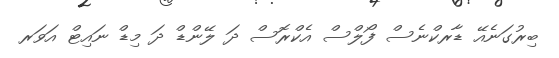
ބިރުގަނެއޭ ޑާރކްނެސް ފޯލްސް އެކްރޮސް ދަ ލޭންޑް ދަ މިޑް ނައިޓް އަވަރ